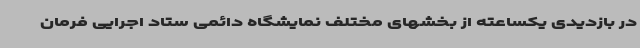
در بازدیدی یکساعته از بخشهای مختلف نمایشگاه دائمی ستاد اجرایی فرمان